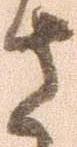
さ